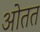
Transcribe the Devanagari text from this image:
ओतत